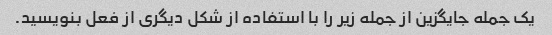
یک جمله جایگزین از جمله زیر را با استفاده از شکل دیگری از فعل بنویسید.